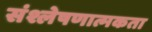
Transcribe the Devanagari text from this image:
संश्लेषणात्मकता